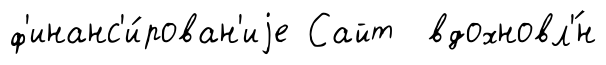
ф'инанс'и́рован'иjе Сайт вдохновл'́н